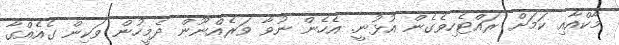
މާކްއާއި ކަމަށް ރައްޓެހިވެގެން އުޅުނީ. އެހެން ނުވާ ވަރެއްނޫން ދެމީހުން ވަކިން ގެއެއްގާ